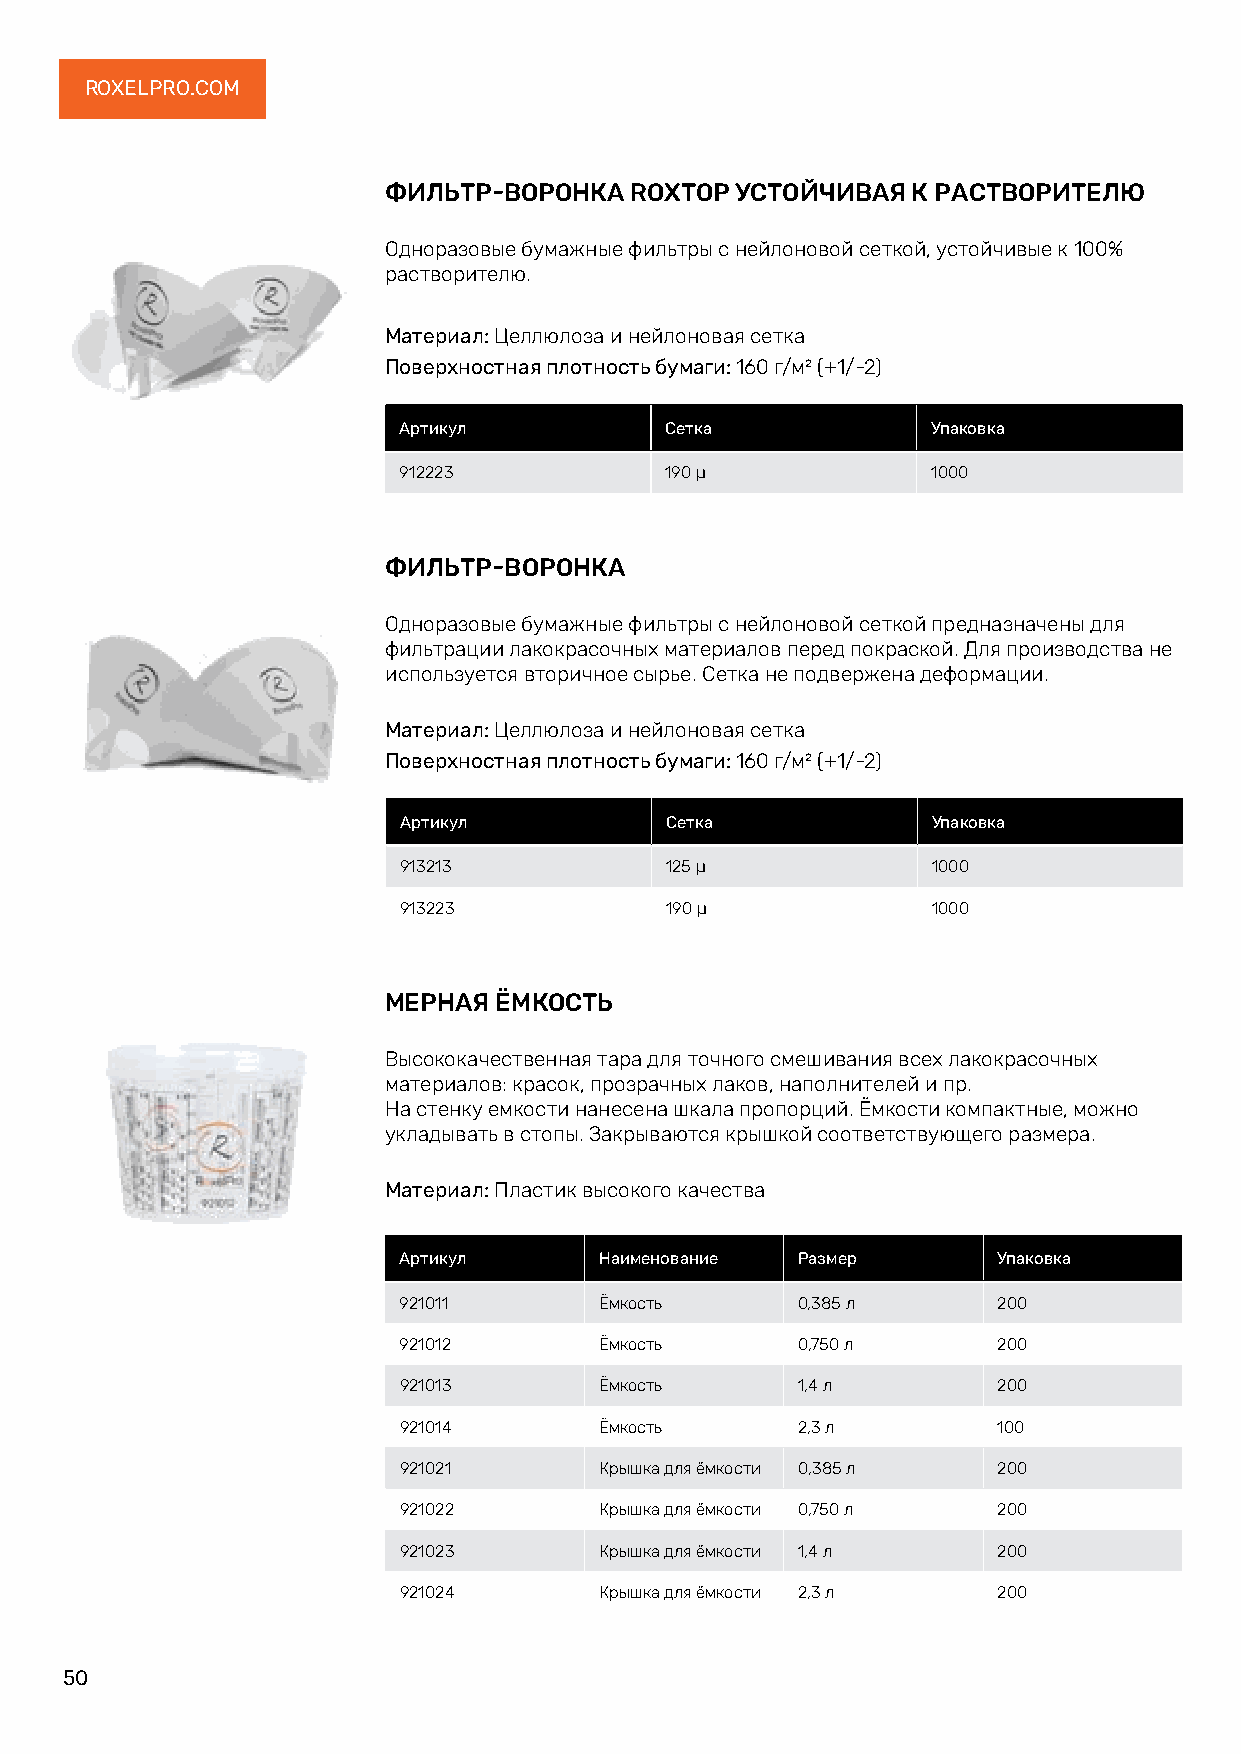
ROXELPRO.COM
 ФИЛЬТР-ВОРОНКА   ROXTOP УСТОЙЧИВАЯ К РАСТВОРИТЕЛЮ
 Одноразовые бумажные фильтры с нейлоновой сеткой, устойчивые к 100%
 растворителю.
 Материал: Целлюлоза и нейлоновая сетка
 Поверхностная плотность бумаги: 160 г/м² (+1/-2)
 Артикул           Сетка             Упаковка
 912223            190 μ             1000
 ФИЛЬТР-ВОРОНКА
 Одноразовые бумажные фильтры с нейлоновой сеткой предназначены для
 фильтрации лакокрасочных материалов перед покраской. Для производства не
 используется вторичное сырье. Сетка не подвержена деформации.
 Материал: Целлюлоза и нейлоновая сетка
 Поверхностная плотность бумаги: 160 г/м² (+1/-2)
 Артикул           Сетка             Упаковка
 913213            125 μ             1000
 913223            190 μ             1000
 МЕРНАЯ  ЁМКОСТЬ
 Высококачественная тара для точного смешивания всех лакокрасочных
 материалов: красок, прозрачных лаков, наполнителей и пр.
 На стенку емкости нанесена шкала пропорций. Ёмкости компактные, можно
 укладывать в стопы. Закрываются крышкой соответствующего размера.
 Материал: Пластик высокого качества
 Артикул       Наименование Размер       Упаковка
 921011        Ёмкость      0,385 л      200
 921012        Ёмкость      0,750 л      200
 921013        Ёмкость      1,4 л        200
 921014        Ёмкость      2,3 л        100
 921021        Крышка для ёмкости 0,385 л 200
 921022        Крышка для ёмкости 0,750 л 200
 921023        Крышка для ёмкости 1,4 л  200
 921024        Крышка для ёмкости 2,3 л  200
 50